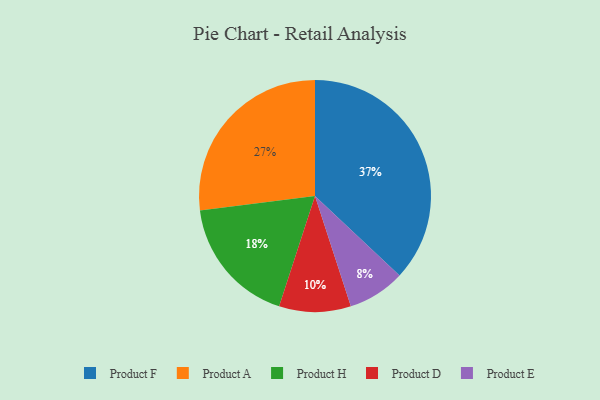
{"axis": {"x": "Category", "y": "Percentage"}, "legend": ["Product A", "Product D", "Product E", "Product F", "Product H"], "data": [{"x": "Product E", "y": 8, "type": "Product E"}, {"x": "Product H", "y": 18, "type": "Product H"}, {"x": "Product A", "y": 27, "type": "Product A"}, {"x": "Product F", "y": 37, "type": "Product F"}, {"x": "Product D", "y": 10, "type": "Product D"}]}